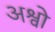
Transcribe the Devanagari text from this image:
अश्वो